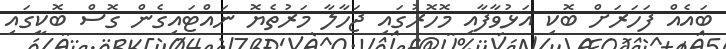
ބައެއް ފަހަރަށް ބޮކި އަޅުވާފާއި މޮހޮރުގައި ޖަހާލާ މަރުތެޔޮ ނައްޓައިގެން ގޮސް ބޮކީގައި